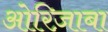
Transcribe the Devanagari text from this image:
ओरिज़ाबा